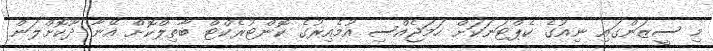
މި ސީޒަންގައި ނިއުގެ ކެޕްޓަނަކަށް ހަމަޖެއްސި އުމެއިރުގެ ކޮންޓުރެކްޓް ބާތިލްކޮށް އޭނާ ދޫކޮށްލަން